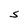
Character: S